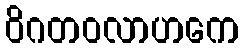
ဝိဂတဝလာဟကေ